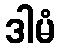
ဒါမံ